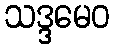
သဒ္ဒမေဝ